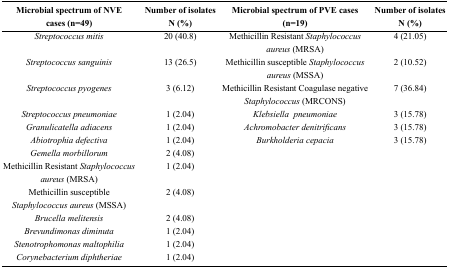
| Microbial spectrum of NVE cases (n=49) | Number of isolates N (%) | Microbial spectrum of PVE cases (n=19) | Number of isolates N (%) |
 | --- | --- | --- | --- |
 | Streptococcus mitis | 20 (40.8) | Methicillin Resistant Staphylococcus aureus (MRSA) | 4 (21.05) |
 | Streptococcus sanguinis | 13 (26.5) | Methicillin susceptible Staphylococcus aureus (MSSA) | 2 (10.52) |
 | Streptococcus pyogenes | 3 (6.12) | Methicillin Resistant Coagulase negative Staphylococcus (MRCONS) | 7 (36.84) |
 | Streptococcus pneumoniae | 1 (2.04) | Klebsiella pneumoniae | 3 (15.78) |
 | Granulicatella adiacens | 1 (2.04) | Achromobacter denitrificans | 3 (15.78) |
 | Abiotrophia defectiva | 1 (2.04) | Burkholderia cepacia | 3 (15.78) |
 | Gemella morbillorum | 2 (4.08) |  |  |
 | Methicillin Resistant Staphylococcus aureus (MRSA) | 1 (2.04) |  |  |
 | Methicillin susceptible Staphylococcus aureus (MSSA) | 2 (4.08) |  |  |
 | Brucella melitensis | 2 (4.08) |  |  |
 | Brevundimonas diminuta | 1 (2.04) |  |  |
 | Stenotrophomonas maltophilia | 1 (2.04) |  |  |
 | Corynebacterium diphtheriae | 1 (2.04) |  |  |